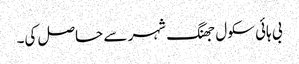
بی ہائی سکول جھنگ شہر سے حاصل کی۔